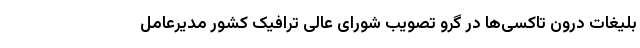
بلیغات درون تاکسی‌ها در گرو تصویب شورای عالی ترافیک کشور مدیرعامل